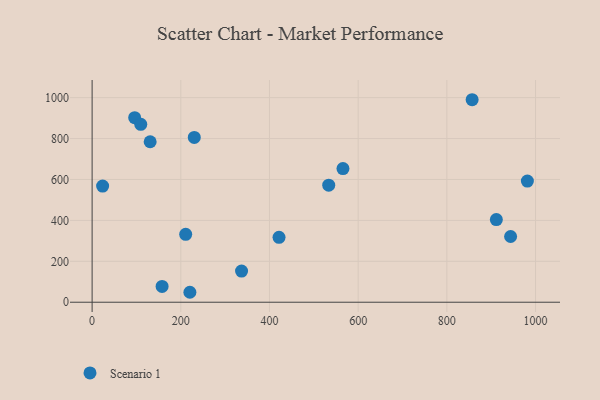
{"axis": {"x": "Experience", "y": "Profit"}, "legend": ["Scenario 1"], "data": [{"x": "130.9", "y": 784.4, "type": "Scenario 1"}, {"x": "337.0", "y": 152.4, "type": "Scenario 1"}, {"x": "911.6", "y": 403.8, "type": "Scenario 1"}, {"x": "157.8", "y": 77.0, "type": "Scenario 1"}, {"x": "981.6", "y": 592.3, "type": "Scenario 1"}, {"x": "230.4", "y": 805.4, "type": "Scenario 1"}, {"x": "23.7", "y": 567.7, "type": "Scenario 1"}, {"x": "421.5", "y": 317.0, "type": "Scenario 1"}, {"x": "211.0", "y": 332.0, "type": "Scenario 1"}, {"x": "96.0", "y": 901.9, "type": "Scenario 1"}, {"x": "565.7", "y": 653.3, "type": "Scenario 1"}, {"x": "943.8", "y": 321.3, "type": "Scenario 1"}, {"x": "533.6", "y": 572.0, "type": "Scenario 1"}, {"x": "220.5", "y": 48.6, "type": "Scenario 1"}, {"x": "857.0", "y": 989.7, "type": "Scenario 1"}, {"x": "109.7", "y": 869.7, "type": "Scenario 1"}]}